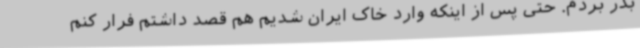
بدر بردم. حتی پس از اینکه وارد خاک ایران شدیم هم قصد داشتم فرار کنم